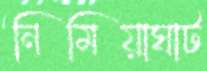
নিমিয়াঘাট